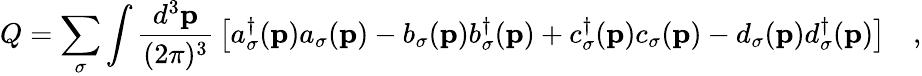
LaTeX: Q=\sum_{\sigma}\int\frac{d^{3}{\mathbf p}}{(2\pi)^{3}}\, \left[a_{\sigma}^{\dagger}({\mathbf p})a_{\sigma}({\mathbf p})-b_{\sigma}({\mathbf p})b_{\sigma}^{\dagger}({\mathbf p})+c_{\sigma}^{\dagger}({\mathbf p})c_{\sigma}({\mathbf p})-d_{\sigma}({\mathbf p})d_{\sigma}^{\dagger}({\mathbf p})\right]\quad,